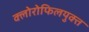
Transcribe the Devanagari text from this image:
क्लोरोफिलयुक्त